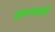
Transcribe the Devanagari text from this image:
हावभावांनीं